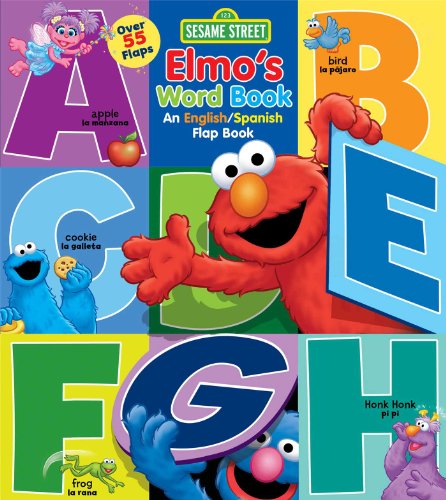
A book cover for Sesame Street: Elmo's Word Book: An English/Spanish Flap Book (Lift-the-Flap) (Spanish Edition); Sesame Street; Children's Books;